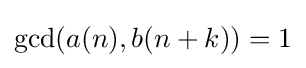
{\textstyle \gcd(a(n),b(n+k))=1}